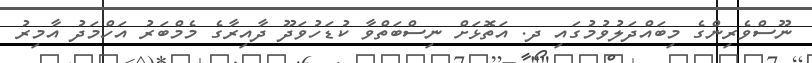
ނޫސްވެރިންގެ މިބައްދަލުވުމުގައި ދ. އަތޮޅަށް ނިސްބަތްވާ ކުޑަހުވަދޫ ދާއިރާގެ މެމްބަރު އަހްމަދު އާމިރު